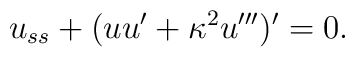
u_{ss}+(uu'+\kappa^2u''')'=0.